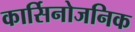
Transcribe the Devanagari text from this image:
कार्सिनोजनिक